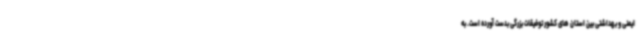
ایمنی و بهداشتی بین استان های کشور توفیقات بزرگی بدست آورده است. به